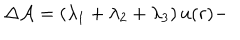
LaTeX: \Delta { \cal A } = \left( \lambda _ { 1 } + \lambda _ { 2 } + \lambda _ { 3 } \right) u ( r ) -